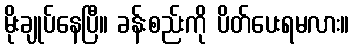
မိုးချုပ်နေပြီ။ ခန်းစည်းကို ပိတ်ပေးရမလား။